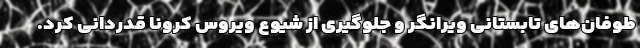
طوفان‌های تابستانی ویرانگر و جلوگیری از شیوع ویروس کرونا قدردانی کرد.